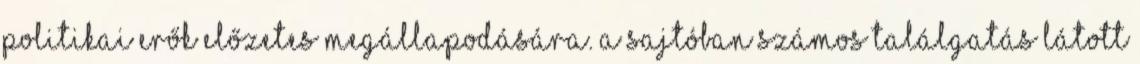
politikai erők előzetes megállapodására. A sajtóban számos találgatás látott